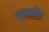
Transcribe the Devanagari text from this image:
लूलाहीर